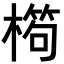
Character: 𣙱